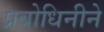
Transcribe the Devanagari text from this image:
प्रबोधिनीने